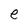
Character: e